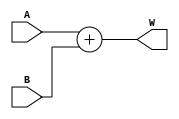
module Adder (A, B, W);
  
  parameter WIDTH = 1;
  
  input [WIDTH - 1:0] A, B;
  output [WIDTH - 1:0] W;
  
  assign W = A + B;
  
endmodule




module Adder_co (A, B, W, co);
  
  parameter WIDTH = 1;
  
  input [WIDTH - 1:0] A, B;
  output [WIDTH - 1:0] W;
  output co;
  
  assign {co, W} = A + B;
  
endmodule